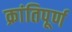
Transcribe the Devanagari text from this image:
क्रांतिपूर्ण